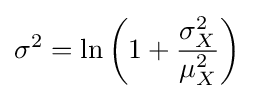
\sigma ^{2}=\ln \left(1+{\frac {\sigma _{X}^{2}}{\mu _{X}^{2}}}\right)